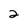
Character: 2